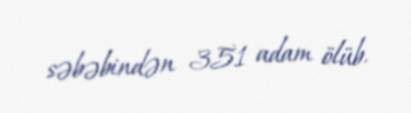
səbəbindən 351 adam ölüb.